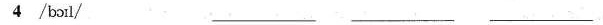
4 /bɔil/ ___ ___ ___